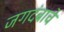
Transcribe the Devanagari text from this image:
जगदंबाचे